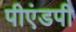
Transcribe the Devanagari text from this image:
पीएंडपी